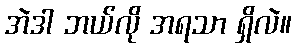
အဲဒါ ဘယ်လို အရသာ ရှိလဲ။